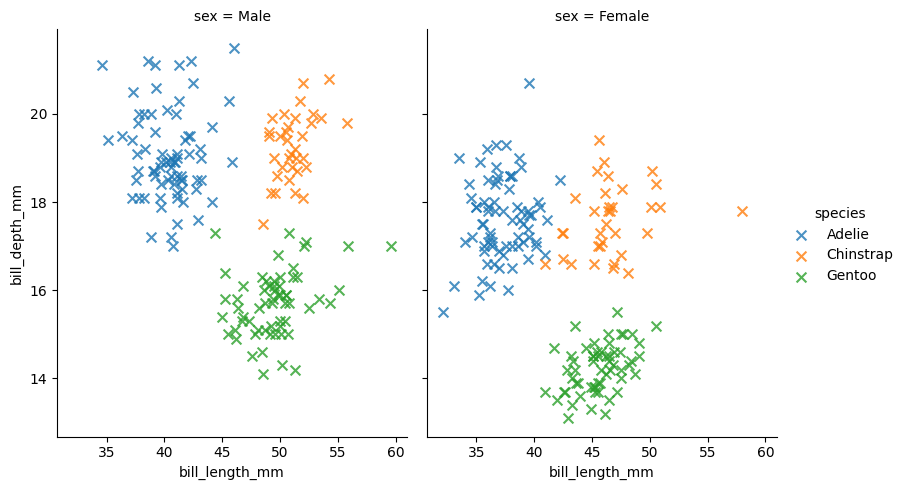
python, seaborn, lmplot, aspect=0.8, order=2, markers='x'